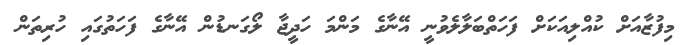
މިފުޒާއަށް ކުއްލިއަކަށް ފަހަތްބަލާލެވުނީ އޭނާގެ މަންމަ ހަދީޖާ ލޯގަނޑުން އޭނާގެ ފަހަތުގައި ހުރިތަން